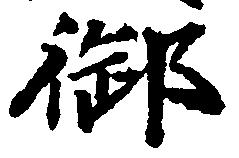
御